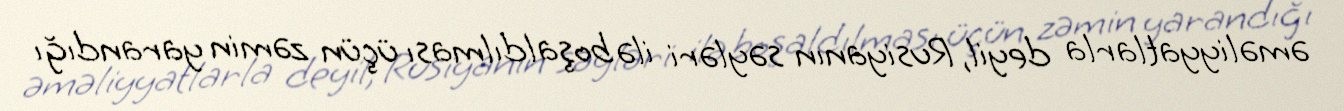
əməliyyatlarla deyil, Rusiyanın səyləri ilə boşaldılması üçün zəmin yarandığı